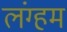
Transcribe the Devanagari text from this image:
लंग्हम